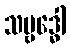
သမ္ဗဒ္ဓေါ